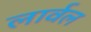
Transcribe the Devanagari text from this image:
लार्वल